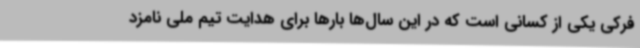
فرکی یکی از کسانی است که در این سال‌ها بارها برای هدایت تیم ملی نامزد